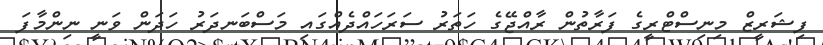
ފިޝަރީޒް މިނިސްޓްރީގެ ފަރާތުން ރާއްޖޭގެ ހަތަރު ސަރަހައްދެއްގައި މަސްބަނދަރު ހަދަން ވަނީ ނިންމާފަ